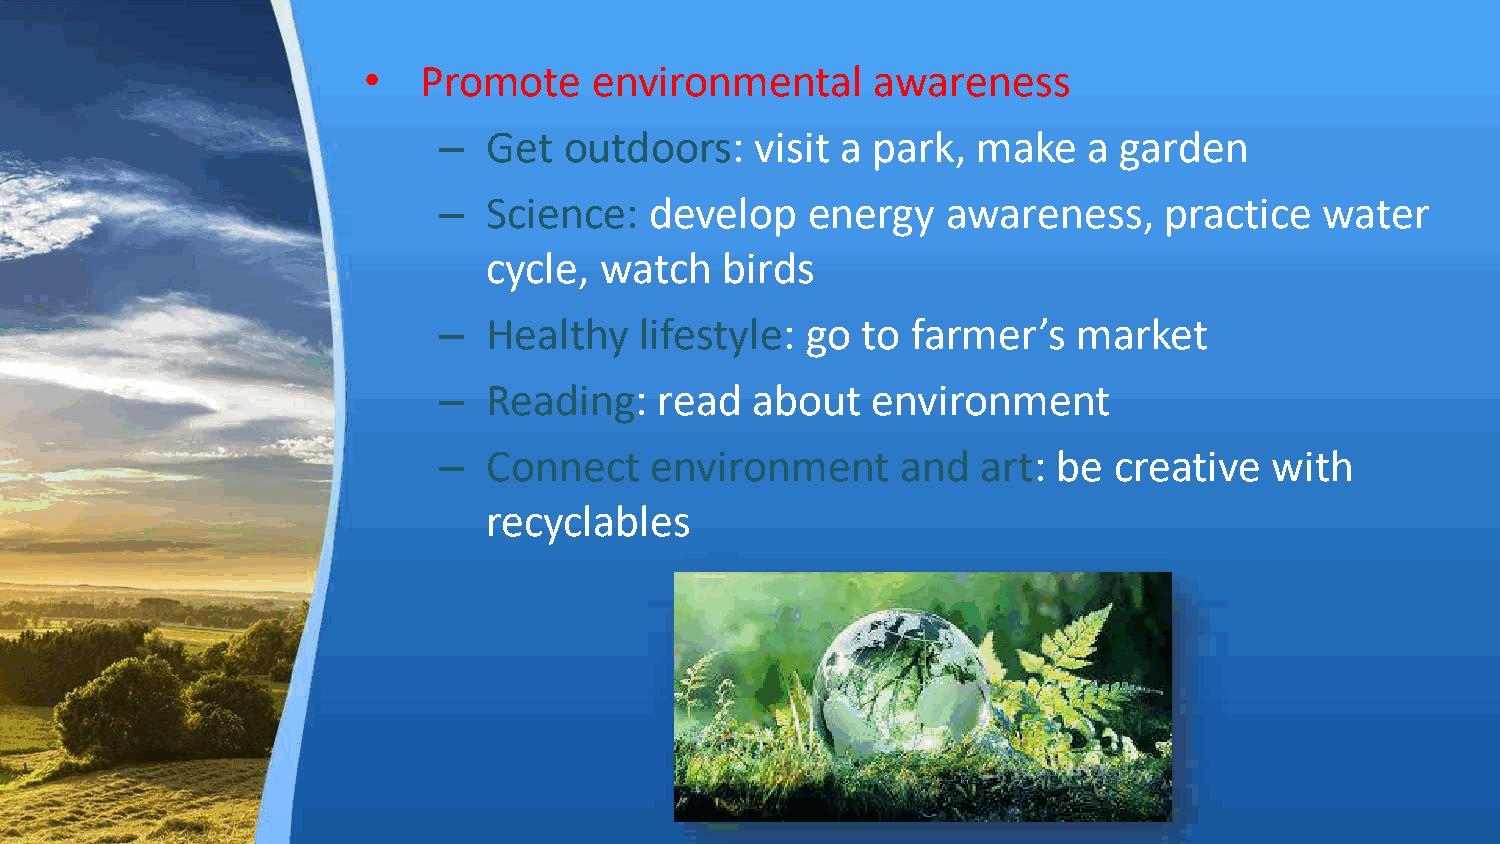
•   Promote    environmental      awareness
 –  Get  outdoors:    visit a park,  make   a garden
 –  Science:   develop   energy    awareness,    practice   water
 cycle,  watch   birds
 –  Healthy   lifestyle: go  to farmer’s   market
 –  Reading:    read  about   environment
 –  Connect    environment      and  art: be  creative  with
 recyclables